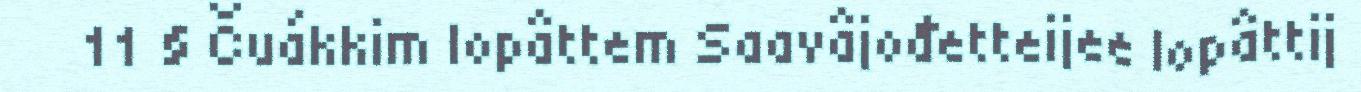
11 § Čuákkim lopâttem Saavâjođetteijee lopâttij